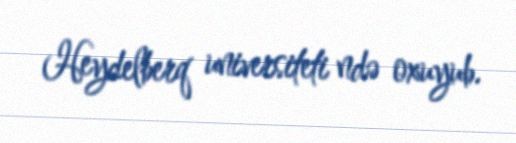
Heydelberq universiteti ndə oxuyub.